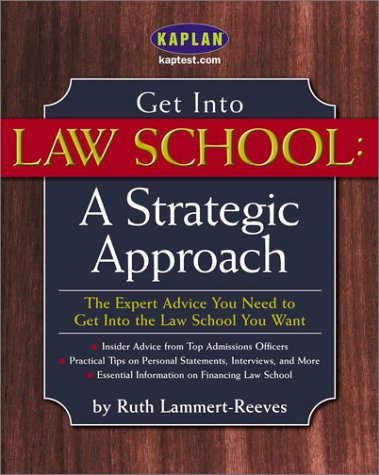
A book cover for Get Into Law School: A Strategic Approach; Kaplan; Education & Teaching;